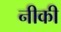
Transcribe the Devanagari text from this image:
नीकी